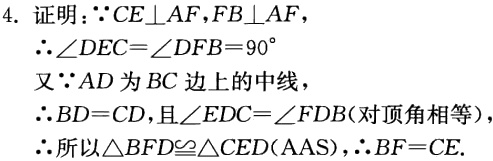
4. 证明：\(\because CE\perp AF,FB\perp AF\)，
\(\therefore\angle DEC = \angle DFB = 90^{\circ}\)
又\(\because AD\)为\(BC\)边上的中线，
\(\therefore BD = CD\)，且\(\angle EDC=\angle FDB\)（对顶角相等），
\(\therefore\)所以\(\triangle BFD\cong\triangle CED(\text{AAS})\)，\(\therefore BF = CE\).